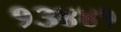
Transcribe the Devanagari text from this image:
१३४४१